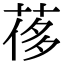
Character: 𦰿